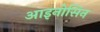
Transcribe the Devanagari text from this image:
आइनोसिन